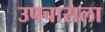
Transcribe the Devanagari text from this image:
उपचाराला